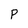
Character: p